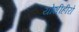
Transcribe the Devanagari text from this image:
योशीहीरो